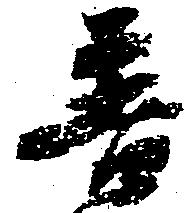
普